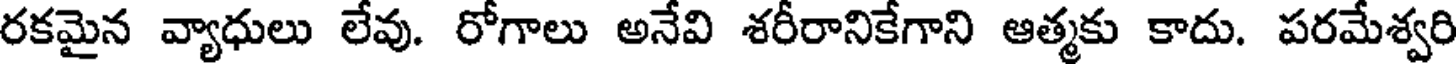
రకమైన వ్యాధులు లేవు. రోగాలు అనేవి శరీరానికేగాని ఆత్మకు కాదు. పరమేశ్వరి